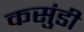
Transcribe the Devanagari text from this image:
कसुंडी